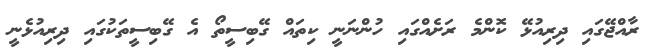
ރާއްޖޭގައި ދިރިއުޅޭ ކޮންމެ ރަށެއްގައި ހުންނަނީ ކިތައް ގޭބިސީތޯ އެ ގޭބިސީތަކުގައި ދިރިއުޅެނީ